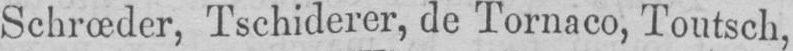
Schrœdcr, Tschiderer, de Tornaco, Toutsch,